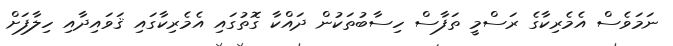
ނަމަވެސް އެމެރިކާގެ ރަސްމީ ތަފާސް ހިސާބުތަކުން ދައްކާ ގޮތުގައި އެމެރިކާގައި ޤަވައިދާއި ހިލާފަށް